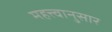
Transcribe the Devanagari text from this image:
महत्त्वानुसार